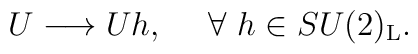
U \longrightarrow Uh, ~~~~\forall~h\in SU(2)_{\rm L}.